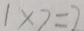
1 \times 7 = 7